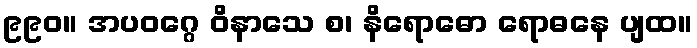
၉၉၀။ အပဝဂ္ဂေ ဝိနာသေ စ၊ နိရောဓော ရောဓနေ ပျထ။